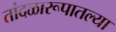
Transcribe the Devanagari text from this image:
तांदळारूपातल्या